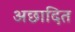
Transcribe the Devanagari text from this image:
अछादित